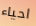
احياء